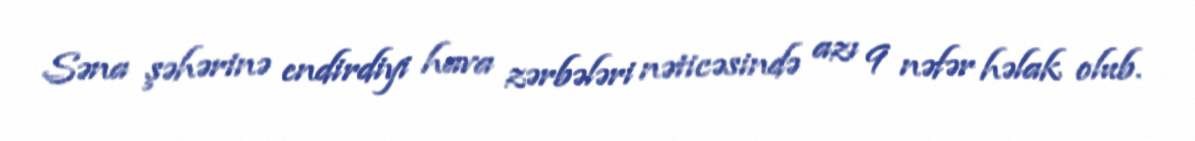
Səna şəhərinə endirdiyi hava zərbələri nəticəsində azı 9 nəfər həlak olub.